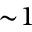
{ \sim } 1